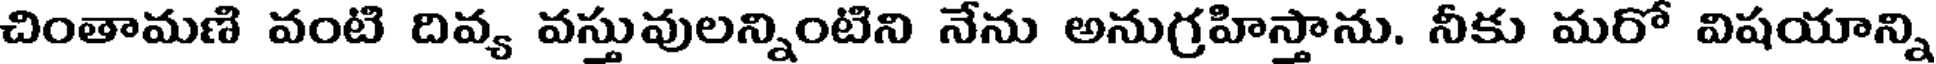
చింతామణి వంటి దివ్య వస్తువులన్నింటిని నేను అనుగ్రహిస్తాను. నీకు మరో విషయాన్ని